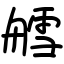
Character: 艝